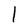
Character: l